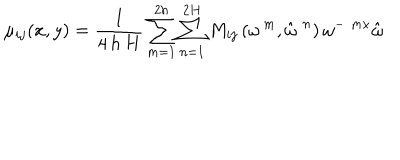
\mu _ { i j } ( x , y ) = \frac { 1 } { 4 \, h \, H } \sum _ { m = 1 } ^ { 2 h } \sum _ { n = 1 } ^ { 2 H } M _ { i j } \left( \omega ^ { \, m } , \hat { \omega } ^ { \, \, n } \right) \omega ^ { - \, \, m x } \hat { \omega }